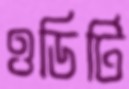
ওডিটি